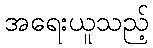
အရေးယူသည့်